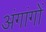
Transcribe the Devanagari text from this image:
अंगांगों